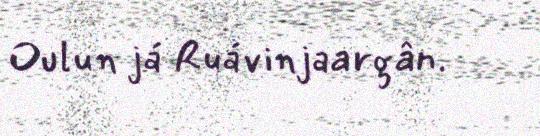
Oulun já Ruávinjaargân.